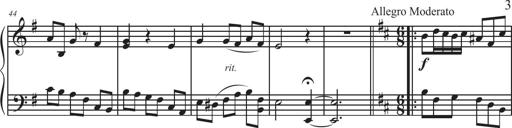
Title: Sonatina Espania
Composer: Jerald Franklin Archer
Key: Various